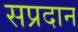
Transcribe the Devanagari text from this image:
सप्रदान